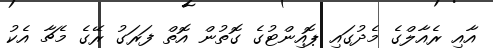
އާއި ރެއާލްގެ މެދުގައި ޕޮއިންޓުގެ ގޮތުން އޮތް ފަރަގު ރޭގެ މެޗާ އެކު